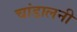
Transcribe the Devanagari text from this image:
चांडालनी